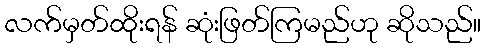
လက်မှတ်ထိုးရန် ဆုံးဖြတ်ကြမည်ဟု ဆိုသည်။